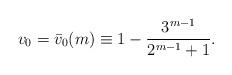
LaTeX: \begin{align*} v_0 = \bar{v}_0(m) \equiv 1-\frac{3^{m-1}}{2^{m-1}+1}. \end{align*}